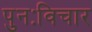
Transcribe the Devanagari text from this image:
पुनःविचार